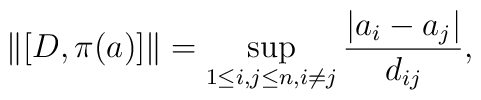
\|[D,\pi(a)]\|=\mathop{\sup}\limits_{1\leq i,j\leq n, i\neq j}\frac{|a_{i}-a_{j}|}{d_{ij}},